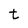
Character: t